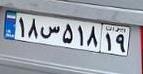
۱۸س۵۱۸۱۹